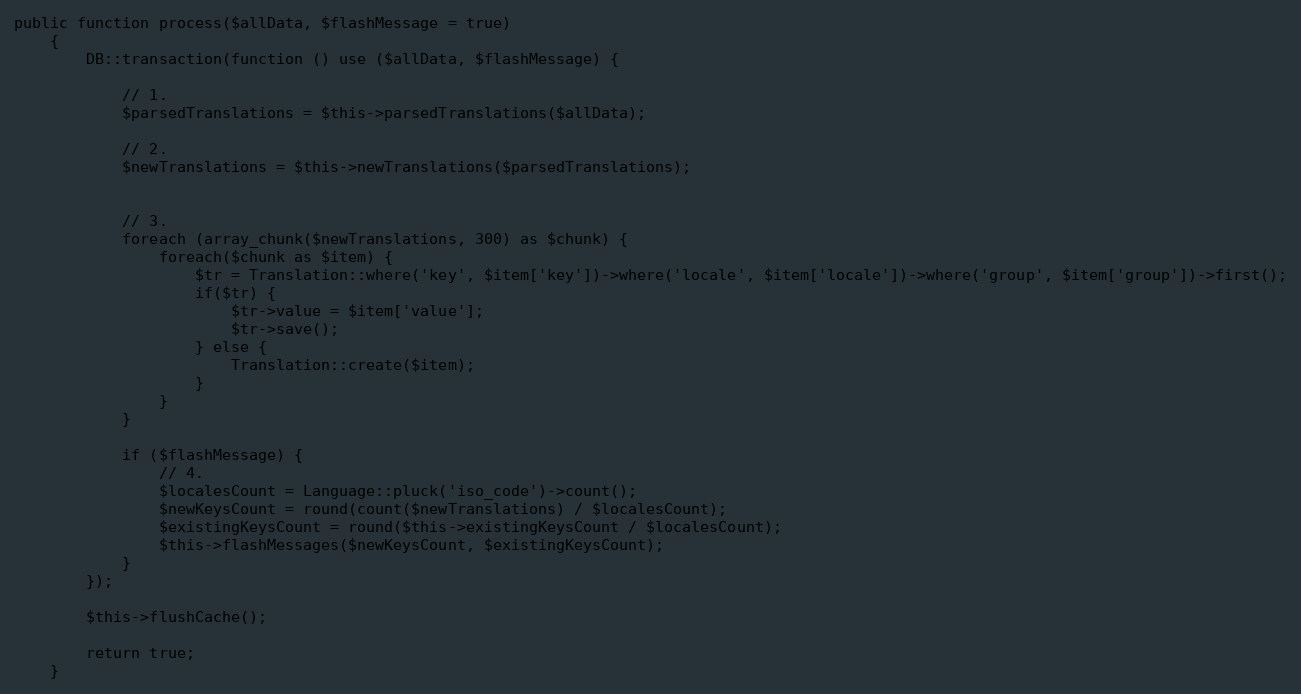
Language: PHP
public function process($allData, $flashMessage = true)
    {
        DB::transaction(function () use ($allData, $flashMessage) {

            // 1.
            $parsedTranslations = $this->parsedTranslations($allData);

            // 2.
            $newTranslations = $this->newTranslations($parsedTranslations);

            // 3.
            foreach (array_chunk($newTranslations, 300) as $chunk) {
                foreach($chunk as $item) {
                    $tr = Translation::where('key', $item['key'])->where('locale', $item['locale'])->where('group', $item['group'])->first();
                    if($tr) {
                        $tr->value = $item['value'];
                        $tr->save();
                    } else {
                        Translation::create($item);
                    }
                }
            }

            if ($flashMessage) {
                // 4.
                $localesCount = Language::pluck('iso_code')->count();
                $newKeysCount = round(count($newTranslations) / $localesCount);
                $existingKeysCount = round($this->existingKeysCount / $localesCount);
                $this->flashMessages($newKeysCount, $existingKeysCount);
            }
        });

        $this->flushCache();

        return true;
    }